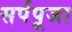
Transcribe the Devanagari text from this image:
सर्पपूजा